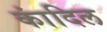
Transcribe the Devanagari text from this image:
कांदिल